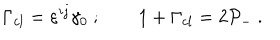
LaTeX: \Gamma _ { c l } = \varepsilon ^ { i j } \gamma _ { 0 } \ ; \qquad 1 + \Gamma _ { c l } = 2 { \cal P } _ { - } \ .